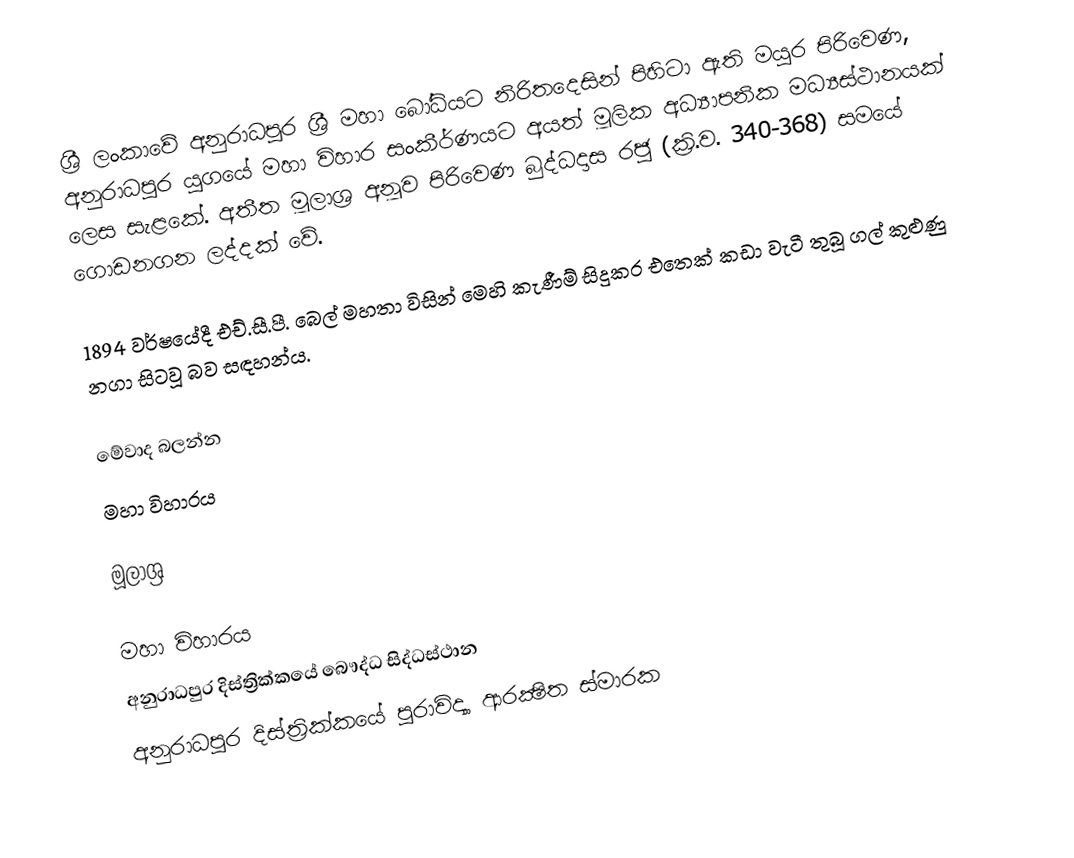
ශ්‍රී ලංකාවේ අනුරාධපුර ශ්‍රී මහා බෝධියට නිරිතදෙසින් පිහිටා ඇති මයුර පිරිවෙණ, අනුරාධපුර යුගයේ මහා විහාර සංකීර්ණයට අයත් මූලික අධ්‍යාපනික මධ්‍යස්ථානයක් ලෙස සැළකේ. අතීත මූලාශ්‍ර අනූව පිරිවෙණ බුද්ධදාස රජු (ක්‍රි.ව. 340-368) සමයේ ගොඩනගන ලද්දක් වේ.

1894 වර්ෂයේදී එච්.සී.පී. බෙල් මහතා විසින් මෙහි කැණීම් සිදුකර එතෙක් කඩා වැටී තුබූ ගල් කුළුණු නගා සිටවූ බව සඳහන්ය.

මේවාද බලන්න
මහා විහාරය

මූලාශ්‍ර

මහා විහාරය
අනුරාධපුර දිස්ත්‍රික්කයේ බෞද්ධ සිද්ධස්ථාන
අනුරාධපුර දිස්ත්‍රික්කයේ පුරාවිද්‍යා ආරක්‍ෂිත ස්මාරක